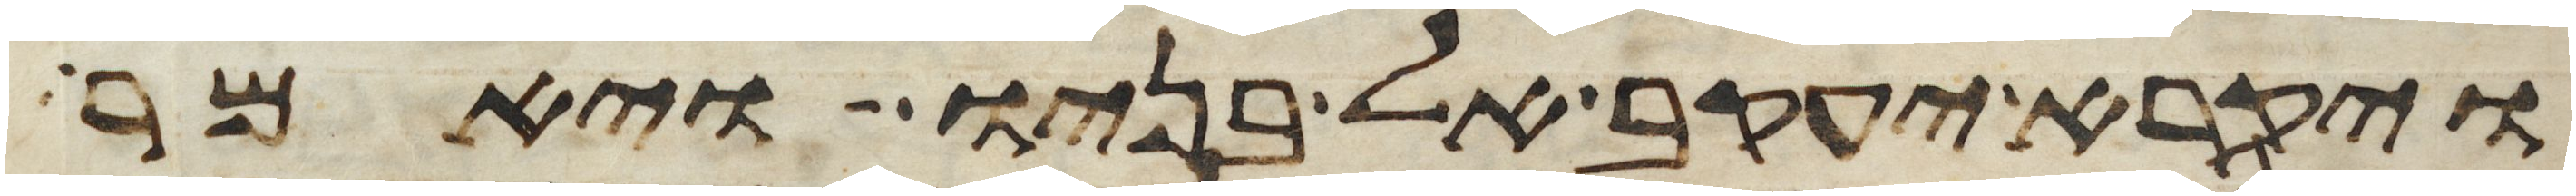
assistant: ויקרא יעקב אל בניו ויאמר